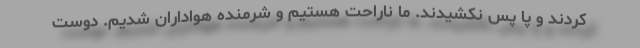
کردند و پا پس نکشیدند. ما ناراحت هستیم و شرمنده هواداران شدیم. دوست